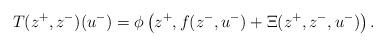
LaTeX: \begin{align*} T (z^+, z^-)(u^{-}) = \phi\left(z^+,f(z^{-},u^{-}) + \Xi(z^{+},z^{-},u^{-})\right). \end{align*}